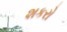
શકરો